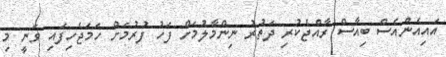
އައިއެންއެސް ބިއާސް ރާއްޖެކުރި ދަތުރު ނިންމާލުމަށް ފަހު ފުރުމަށް ހަމަޖެހިފައި ވަނީ މި